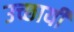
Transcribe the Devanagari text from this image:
उच्छायी